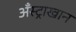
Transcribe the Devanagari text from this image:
अँस्ट्राखान